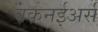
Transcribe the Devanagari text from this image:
बकनईअर्स